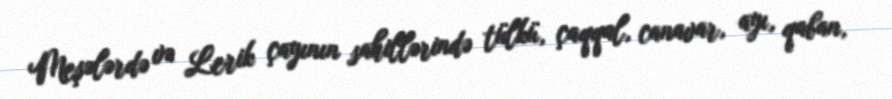
Meşələrdə və Lerik çayının sahillərində tülkü, çaqqal, canavar, ayı, qaban,